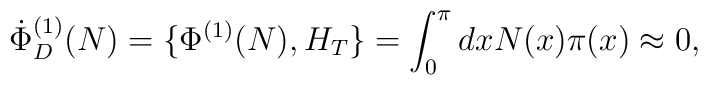
\dot {\Phi}_D^{(1)}(N) = \{ \Phi^{(1)}(N), H_T \} = \int_0^\pi    dx  N(x) \pi(x) \approx 0 ,